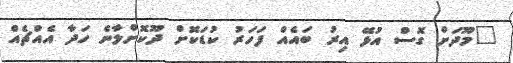
"މޫދަށް ގޮސް އުޅޭ އިރު ބައެއް ފަހަރު ކުޑަކޮށް ދޫކޮށްލާނެ ހަދާ އެއްޗެއް